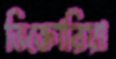
ভিক্তোরিয়া